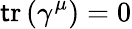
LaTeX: \operatorname{\mathsf{t}r}\left(\gamma^{\mu}\right)=0